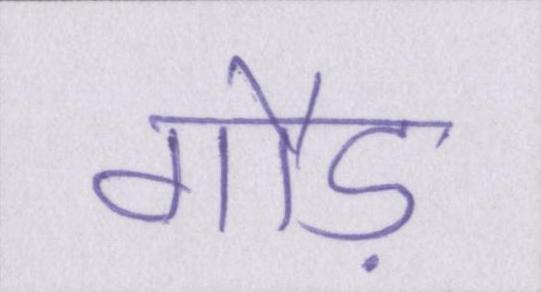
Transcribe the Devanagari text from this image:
गौड़